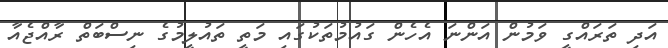
އަދި ތަރައްގީ ވަމުން އަންނަ އެހެން ގައުމުތަކުގައި މަތީ ތައުލީމުގެ ނިސްބަތް ރާއްޖެއާ